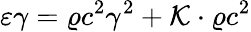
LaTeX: \varepsilon\gamma=\varrho c^{2}\gamma^{2}+\mathcal{K}\cdot\varrho c^{2}